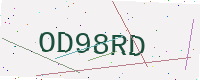
Text: OD98RD